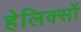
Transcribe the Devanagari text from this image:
हेलिक्सों